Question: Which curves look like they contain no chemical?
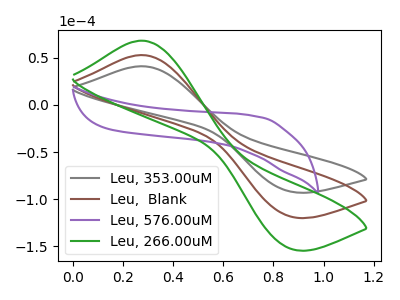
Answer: <think>The gray curve "Leu, 353.00uM" has an anodic peak at (0.25V, 41.15uA) and a cathodic peak at (0.85V, -91.55uA). The brown curve "Leu,  Blank" has an anodic peak at (0.25V, 53.00uA) and a cathodic peak at (0.85V, -117.95uA). The purple curve "Leu, 576.00uM" has no peaks. The green curve "Leu, 266.00uM" has an anodic peak at (0.25V, 106.05uA) and a cathodic peak at (0.85V, -235.95uA).</think>
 <answer>"Leu, 576.00uM" is likely to be a blank.</answer>
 <eval>Leu, 576.00uM</eval>